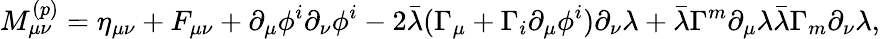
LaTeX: M_{\mu\nu}^{(p)}=\eta_{\mu\nu}+F_{\mu\nu}+\partial_{\mu}\phi^{i}\partial_{\nu}\phi^{i}-2\bar{\lambda}(\Gamma_{\mu}+\Gamma_{i}\partial_{\mu}\phi^{i})\partial_{\nu}\lambda+\bar{\lambda}\Gamma^{m}\partial_{\mu}\lambda\bar{\lambda}\Gamma_{m}\partial_{\nu}\lambda,